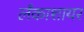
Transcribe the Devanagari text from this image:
लँकाशायर